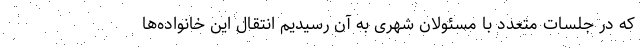
که در جلسات متعدد با مسئولان شهری به آن رسیدیم انتقال این خانواده‌ها